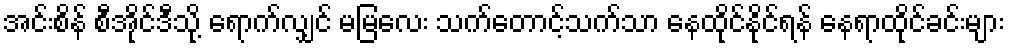
အင်းစိန် စီအိုင်ဒီသို့ ရောက်လျှင် မမြလေး သက်တောင့်သက်သာ နေထိုင်နိုင်ရန် နေရာထိုင်ခင်းများ